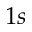
1 s